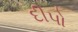
દીપો